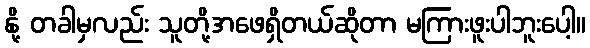
နို့ တခါမှလည်း သူတို့အဖေရှိတယ်ဆိုတာ မကြားဖူးပါဘူးပေါ့။